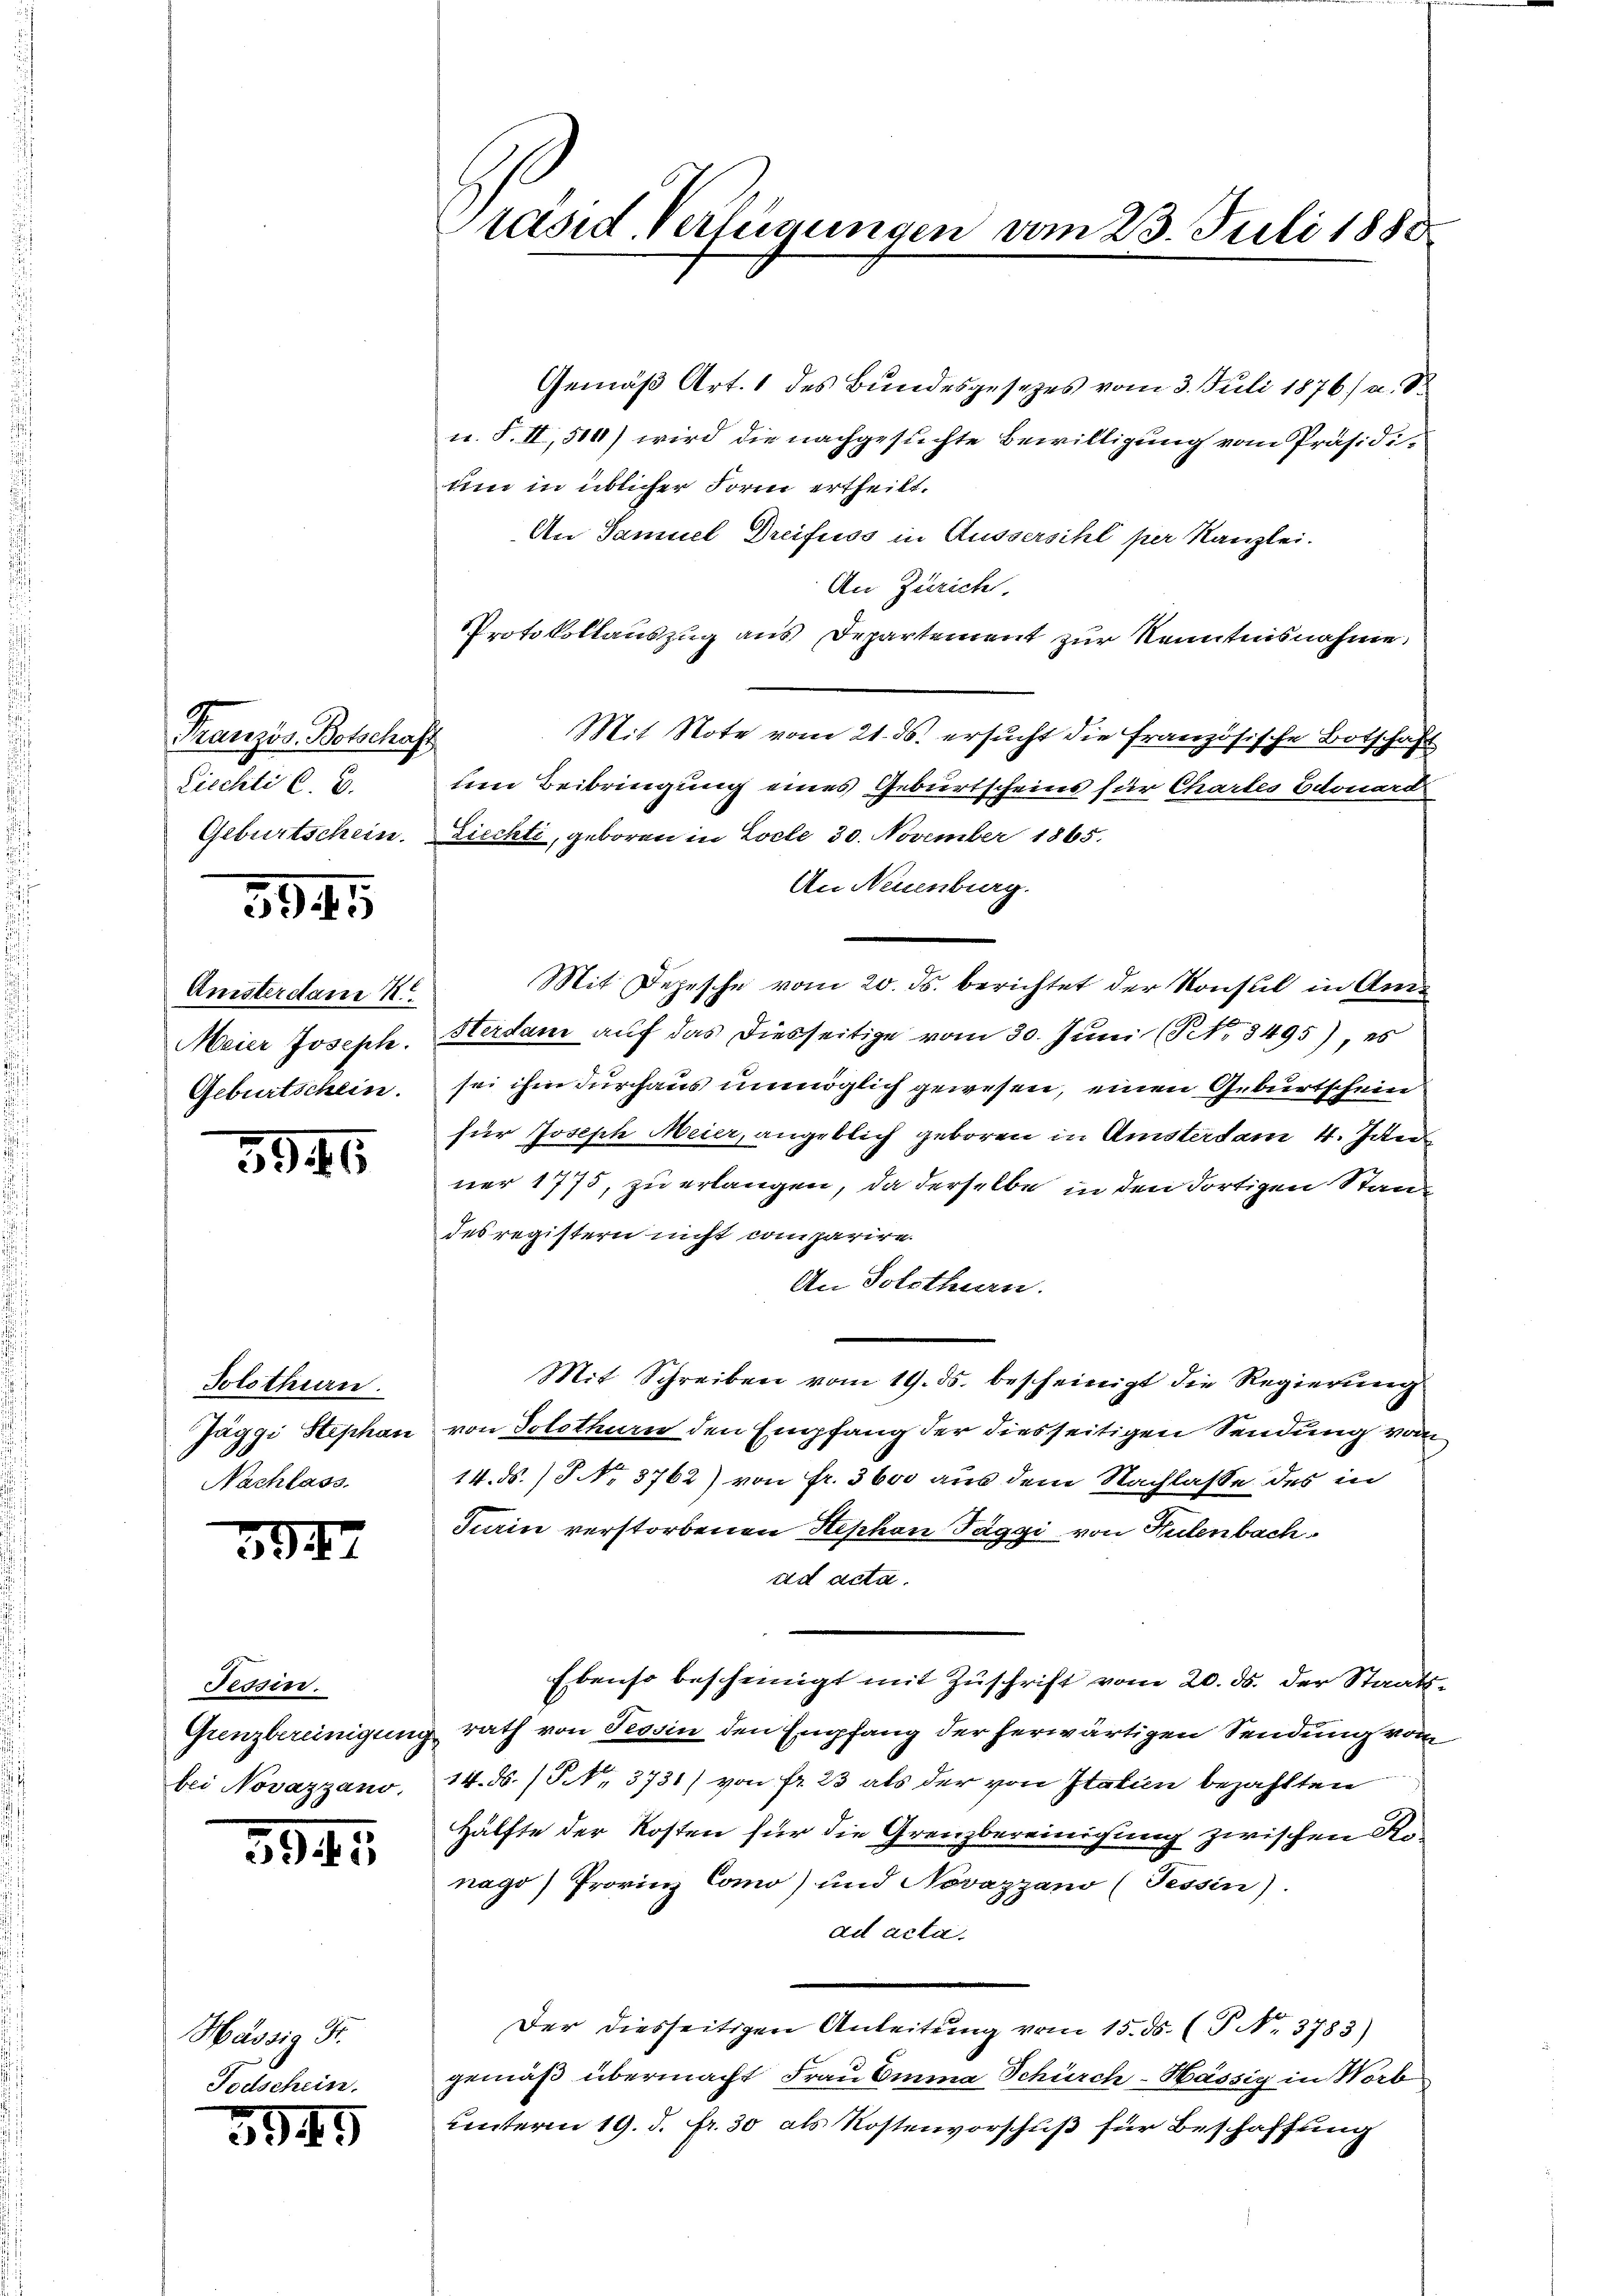
Französ. Botschaf
Liechte C. c.
Geburtschein.

594

Amsterdam N.
Meier Joseph.
Geburtschein.

5945

Solothurn.
Jäggi Stephan
Nachlass.

39

Tessin.
Grenzbereinigung
bei Novazzano.

941

Hässig Fr.

3945

räsid. Verlegungen vom 23. Juli 1888.

Gemäß Art. 1 des Bundesgesetzes vom 3. Juli 1876/ a. d
u. S. II, 514) wird die nachgesuchte Bewilligung vom Präsidi-
lm in üblicher Form ertheilt.
An Samuel Dreifuss in Äussersihl per Kanzlei.
An Zürich.
Protokollauszug aus Departement zur Kenntnisnahme,
Mit Note vom 21. ds. ersucht die französische Botschaft
ten Beibringung eines Geburtscheins für Chartes Edouard
Liechti, geboren in Locle 30. November 1865.
An Neuenburg.
Mit Depesche vom 20. ds. berichtet der Konsul in An¬
Herdam auf das diesseitige vom 30. Juni (No 8495) es
sei ihm durchaus unmöglich gewesen, einen Geburtschein
für Joseph Meier, angeblich geboren in Amsterdam 4. Jan
ner 1775, zu erlangen, da derselbe in den dortigen Stand
des registern nicht comparire.
An Solothurn.
Mit Schreiben vom 19. ds. bescheinigt die Regierung
von Solothurn den Empfang der diesseitigen Sendung von
14. ds. / No. 3762) von Fr. 3600 aus dem Nachlasse des in
Turin verstorbenen Hephan Taggi von Hulenbach.
ad acta.
Ebenso bescheinigt mit Zuschrift vom 20. ds. der Staatsrath von Tessin den Empfang der herwärtigen Sendung vom
14. ds. (S. 3731) von fr. 23 als der von Italien bezahlten
Hälfte der Kosten für die Grenzbereinigung zwischen Renago) Provinz Como) und Novazzano (Tessin).
ad acta.
Der diesseitigen Anleitung vom 15. ds. (T. No. 3783)
gemäß übermacht Frau Emma Schürch-Hässig in Worb
unterm 19. d. fr. 30 als Kostenvorschuß für Beschaffung